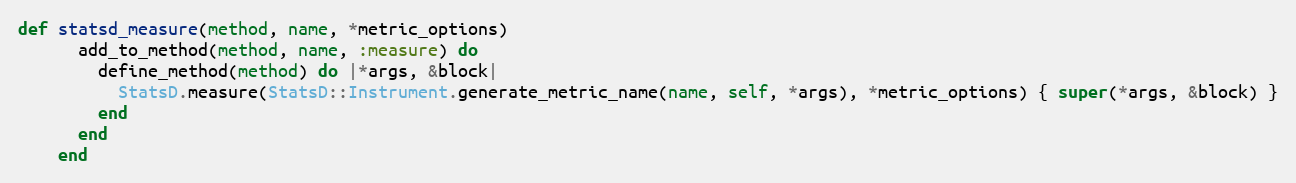
Language: Ruby
def statsd_measure(method, name, *metric_options)
      add_to_method(method, name, :measure) do
        define_method(method) do |*args, &block|
          StatsD.measure(StatsD::Instrument.generate_metric_name(name, self, *args), *metric_options) { super(*args, &block) }
        end
      end
    end